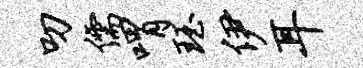
叨儒喟珏伊耳